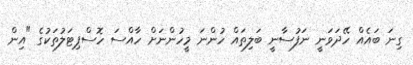
ގިނަ ބައެއް ހޭދަވަނީ ނަފުސާނީ ބަލިތައް ހުންނަ މީހުންނަށް ހާއްސަ ހޮސްޕިޓަލުތަކުގެ "އިން